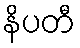
နိပတီ